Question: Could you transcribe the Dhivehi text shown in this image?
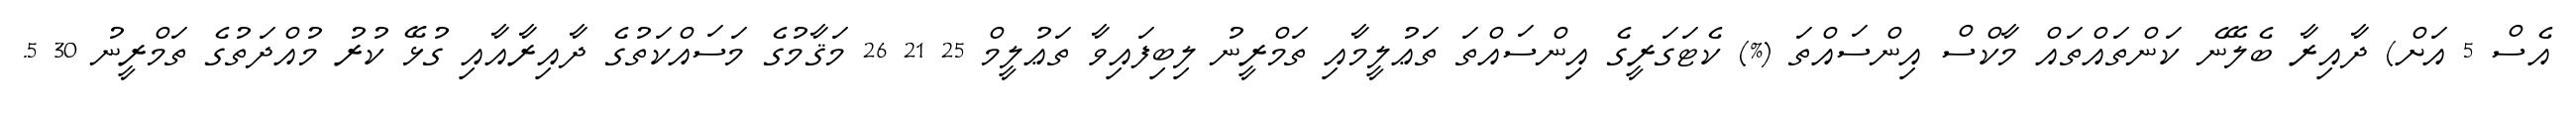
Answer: އެސް 5 އަށް) ދާއިރާ ބެލޭނެ ކަންތައްތައް މާކްސް އިންސައްތަ (%) ކެޓަގަރީގެ އިންސައްތަ ތަޢުލީމާއި ތަމްރީނު ލިބިފައިވާ ތަޢުލީމް 25 21 26 މަޤާމުގެ މަސައްކަތުގެ ދާއިރާއާއި ގުޅޭ ކުރު މުއްދަތުގެ ތަމްރީނު 30 5.